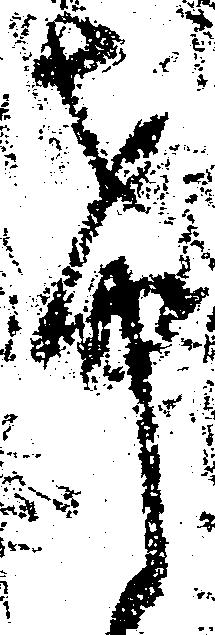
希